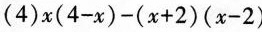
(4)$$x(4-x)-(x+2)(x-2)$$